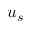
u _ { s }